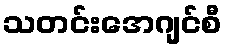
သတင်းအေဂျင်စီ